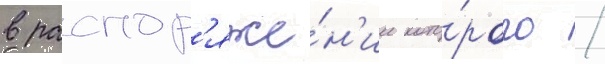
в распор'яже́н'ии кото́рого /